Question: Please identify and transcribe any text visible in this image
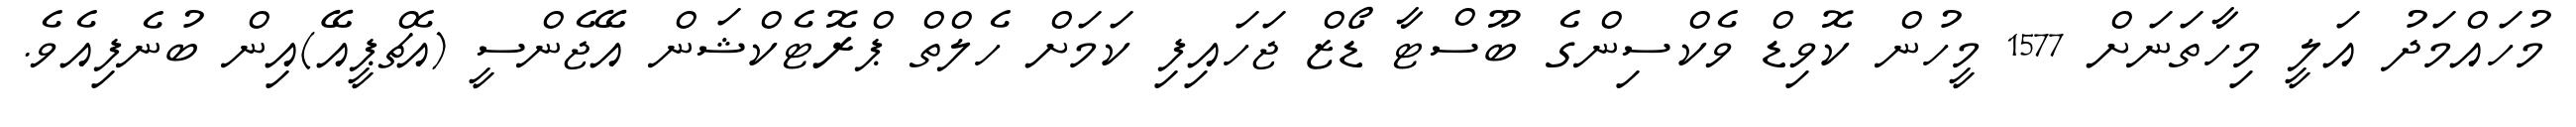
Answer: މުހައްމަދު އަލީ މިހާތަނަށް 1577 މީހުން ކޮވިޑް ވެކްސިންގެ ބޫސްޓާ ޑޯޒް ޖަހައިފި ކަމަށް ހެލްތް ޕްރޮޓެކްޝަން އޭޖެންސީ (އެޗްޕީއޭ)އިން ބުނެފިއެވެ.